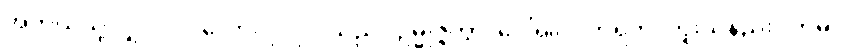
အဘယ်သို့လျှင်။ ပုဂ္ဂလော၊ ပုဂ္ဂိုလ်သည်။ ဥမ္မုဇ္ဇိတွာ၊ ပေါ်၍။ ပတရတိ၊ ကူးသနည်း။ ဣဓ၊